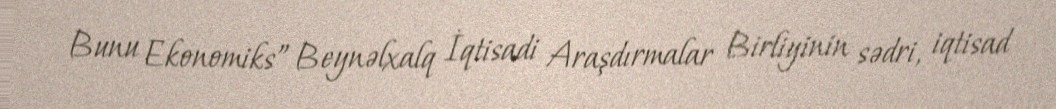
Bunu Ekonomiks” Beynəlxalq İqtisadi Araşdırmalar Birliyinin sədri, iqtisad